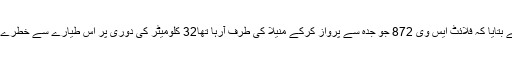
منیلا ایئر پورٹ افیسر عیدّی مونریال نے بتایا کہ فلائٹ ایس وی 872 جو جدہ سے پرواز کرکے منیلا کی طرف آرہا تھا32 کلومیٹر کی دوری پر اس طیارے سے خطرے میں گھرے ہونے کا الارم موصول ہوا۔